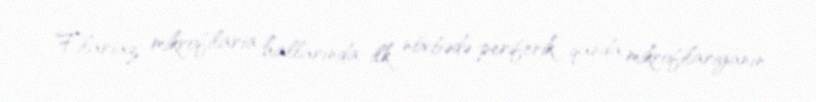
Filariaz mikrofilaria hallarında ilk növbədə periferik qanda mikrofilariyanın